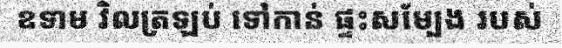
ឧទាម វិលត្រឡប់ ទៅកាន់ ផ្ទះសម្បែង របស់